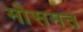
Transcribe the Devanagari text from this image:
मोसमत